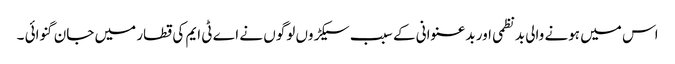
اس میں ہونے والی بدنظمی اور بدعنوانی کے سبب سیکڑوں لوگوں نے اے ٹی ایم کی قطار میں جان گنوائی ۔